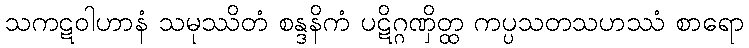
သကဋဝါဟာနံ သမုဿိတံ စန္ဒနိကံ ပဋိဂ္ဂဏှိတ္ထ ကပ္ပသတသဟဿံ စာရော